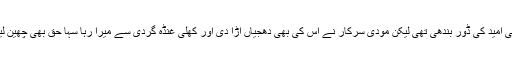
پتہ نہیں کب یہ مسائل حل ہوتے پھر بھی امید کی ڈور بندھی تھی لیکن مودی سرکار نے اس کی بھی دھجیاں اڑا دی اور کھلی غنڈہ گردی سے میرا رہا سہا حق بھی چھین لیا پندرہ دن ہوگئے میں چیخنا چاہتا ہوں ۔